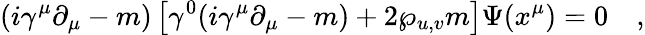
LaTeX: (i\gamma^{\mu}\partial_{\mu}-m)\left[\gamma^{0}(i\gamma^{\mu}\partial_{\mu}-m)+2\wp_{u,v}m\right]\Psi(x^{\mu})=0\quad,